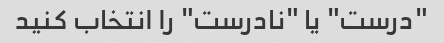
"درست" یا "نادرست" را انتخاب کنید